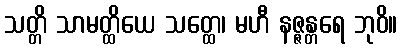
သတ္တိ သာမတ္ထိယေ သတ္ထေ၊ မဟီ နဇ္ဇန္တရေ ဘုဝိ။